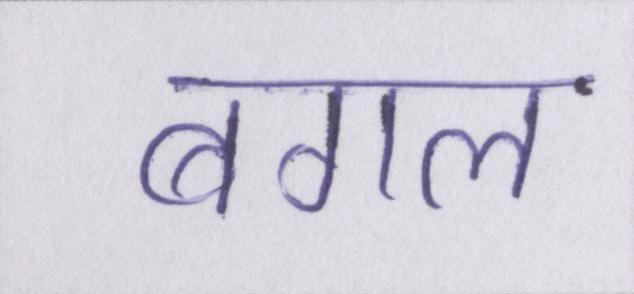
बगल